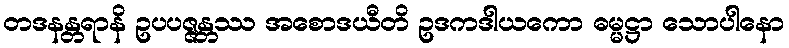
တဒနန္တရာနိ ဥပပဇ္ဇန္တဿ အစောဒယီတိ ဥဒကဒါယကော ဓမ္မဋ္ဌာ သောပါနော